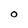
Character: O